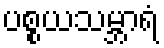
ပစ္စယသမ္ဘာရံ